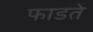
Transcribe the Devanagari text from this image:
फाडते